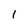
Character: 1